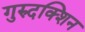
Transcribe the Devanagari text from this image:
गुरुदक्शिन